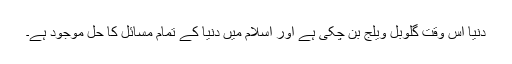
دنیا اس وقت گلوبل ویلج بن چکی ہے اور اسلام میں دنیا کے تمام مسائل کا حل موجود ہے۔